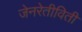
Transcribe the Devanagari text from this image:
जेनरेतीविती